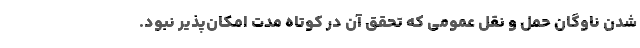
شدن ناوگان حمل و نقل عمومی که تحقق آن در کوتاه مدت امکان‌پذیر نبود.